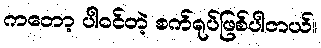
ကတော့ ပါဝင်တဲ့ စက်ရုပ်ဖြစ်ပါတယ်။